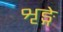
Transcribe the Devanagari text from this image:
शृङ्गे